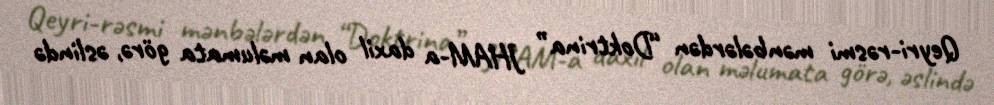
Qeyri-rəsmi mənbələrdən “Doktrina” JHAM-a daxil olan məlumata görə, əslində